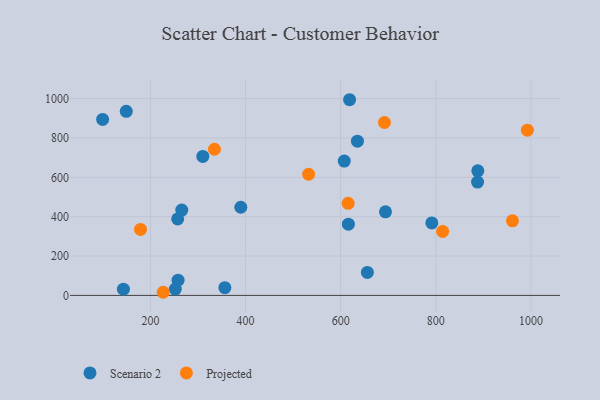
{"axis": {"x": "Speed", "y": "Sales"}, "legend": ["Projected", "Scenario 2"], "data": [{"x": "257.3", "y": 388.7, "type": "Scenario 2"}, {"x": "616.2", "y": 361.9, "type": "Scenario 2"}, {"x": "258.1", "y": 77.5, "type": "Scenario 2"}, {"x": "694.2", "y": 424.7, "type": "Scenario 2"}, {"x": "99.5", "y": 894.3, "type": "Scenario 2"}, {"x": "635.2", "y": 783.9, "type": "Scenario 2"}, {"x": "390.0", "y": 448.1, "type": "Scenario 2"}, {"x": "607.5", "y": 682.7, "type": "Scenario 2"}, {"x": "310.1", "y": 706.4, "type": "Scenario 2"}, {"x": "888.3", "y": 632.9, "type": "Scenario 2"}, {"x": "656.1", "y": 116.8, "type": "Scenario 2"}, {"x": "252.3", "y": 32.2, "type": "Scenario 2"}, {"x": "356.5", "y": 39.2, "type": "Scenario 2"}, {"x": "265.9", "y": 433.7, "type": "Scenario 2"}, {"x": "618.7", "y": 994.4, "type": "Scenario 2"}, {"x": "143.2", "y": 31.8, "type": "Scenario 2"}, {"x": "887.8", "y": 575.7, "type": "Scenario 2"}, {"x": "149.2", "y": 935.3, "type": "Scenario 2"}, {"x": "791.6", "y": 368.2, "type": "Scenario 2"}, {"x": "961.1", "y": 379.0, "type": "Projected"}, {"x": "179.1", "y": 335.5, "type": "Projected"}, {"x": "615.7", "y": 468.1, "type": "Projected"}, {"x": "226.9", "y": 15.9, "type": "Projected"}, {"x": "814.3", "y": 324.9, "type": "Projected"}, {"x": "334.6", "y": 742.8, "type": "Projected"}, {"x": "692.0", "y": 878.7, "type": "Projected"}, {"x": "992.5", "y": 839.6, "type": "Projected"}, {"x": "532.5", "y": 615.8, "type": "Projected"}]}